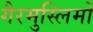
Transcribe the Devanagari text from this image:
गैरमुस्लिमों